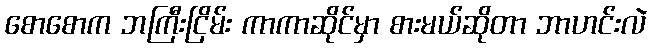
စောစောက ဘကြီးငြိမ်း ကာကာဆိုင်မှာ စားမယ်ဆိုတာ ဘာဟင်းလဲ